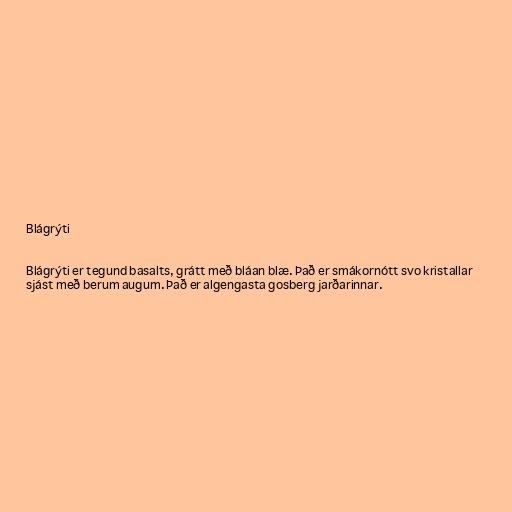
Blágrýti

Blágrýti er tegund basalts, grátt með bláan blæ. Það er smákornótt svo kristallar
sjást með berum augum. Það er algengasta gosberg jarðarinnar.